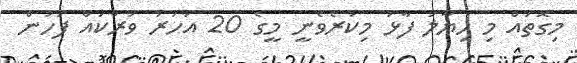
މިގޮތައް މި ހިޔާލު ފާޅު މިކުރެވެނީ މީގެ 20 އަހަރު ވަރަކައް ފަހުން